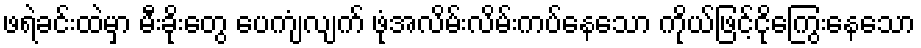
ဖရဲခင်းထဲမှာ မီးခိုးတွေ ပေကျံလျက် ဖုံအလိမ်းလိမ်းကပ်နေသော ကိုယ်ဖြင့်ငိုကြွေးနေသော